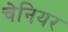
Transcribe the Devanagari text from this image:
चेनियर